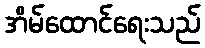
အိမ်ထောင်ရေးသည်